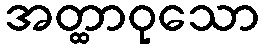
အတ္ထာဝုသော